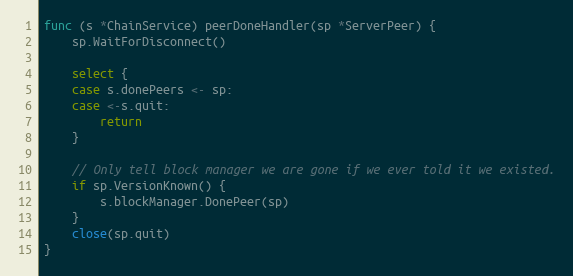
Language: Go
func (s *ChainService) peerDoneHandler(sp *ServerPeer) {
	sp.WaitForDisconnect()

	select {
	case s.donePeers <- sp:
	case <-s.quit:
		return
	}

	// Only tell block manager we are gone if we ever told it we existed.
	if sp.VersionKnown() {
		s.blockManager.DonePeer(sp)
	}
	close(sp.quit)
}